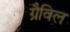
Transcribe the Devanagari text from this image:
ग्रैविल